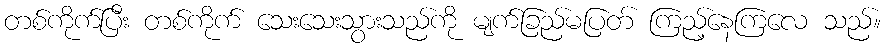
တစ်ကိုက်ပြီး တစ်ကိုက် သေးသေးသွားသည်ကို မျက်ခြည်မပြတ် ကြည့်နေကြလေ သည်။